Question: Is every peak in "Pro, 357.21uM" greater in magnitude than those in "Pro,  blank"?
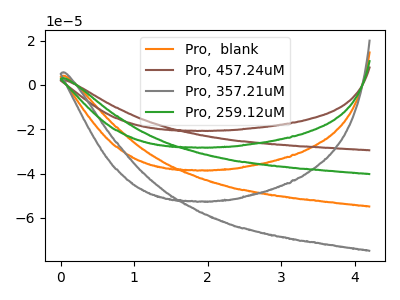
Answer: <think>The orange curve "Pro,  blank" has no peaks. The brown curve "Pro, 457.24uM" has no peaks. The gray curve "Pro, 357.21uM" has no peaks. The green curve "Pro, 259.12uM" has no peaks.</think>
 <answer>Niether CV has any peaks.</answer>
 <eval>blanks</eval>